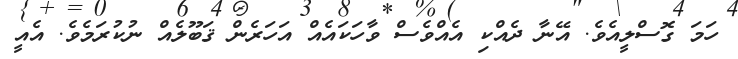
ހަމަ ގޮސްލީއެވެ. އޭނާ ދެއްކި އެއްވެސް ވާހަކައެއް އަހަރެން ޤަބޫލެއް ނުކުރަމެވެ. އެއީ